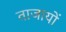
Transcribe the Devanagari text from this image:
ताजायों